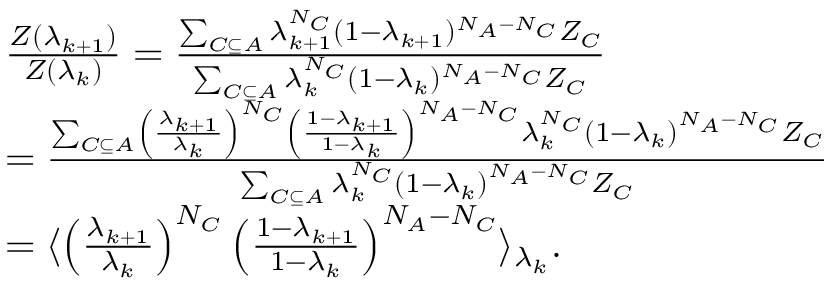
\begin{array} { r l } & { \frac { Z ( \lambda _ { k + 1 } ) } { Z ( \lambda _ { k } ) } = \frac { \sum _ { C \subseteq A } \lambda _ { k + 1 } ^ { N _ { C } } ( 1 - \lambda _ { k + 1 } ) ^ { N _ { A } - N _ { C } } Z _ { C } } { \sum _ { C \subseteq A } \lambda _ { k } ^ { N _ { C } } ( 1 - \lambda _ { k } ) ^ { N _ { A } - N _ { C } } Z _ { C } } } \\ & { = \frac { \sum _ { C \subseteq A } \left( \frac { \lambda _ { k + 1 } } { \lambda _ { k } } \right) ^ { N _ { C } } \left( \frac { 1 - \lambda _ { k + 1 } } { 1 - \lambda _ { k } } \right) ^ { N _ { A } - N _ { C } } \lambda _ { k } ^ { N _ { C } } \left( 1 - \lambda _ { k } \right) ^ { N _ { A } - N _ { C } } Z _ { C } } { \sum _ { C \subseteq A } \lambda _ { k } ^ { N _ { C } } \left( 1 - \lambda _ { k } \right) ^ { N _ { A } - N _ { C } } Z _ { C } } } \\ & { = \langle \left( \frac { \lambda _ { k + 1 } } { \lambda _ { k } } \right) ^ { N _ { C } } \left( \frac { 1 - \lambda _ { k + 1 } } { 1 - \lambda _ { k } } \right) ^ { N _ { A } - N _ { C } } \rangle _ { \lambda _ { k } } . } \end{array}